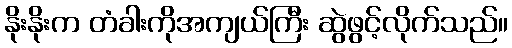
နိုးနိုးက တံခါးကိုအကျယ်ကြီး ဆွဲဖွင့်လိုက်သည်။